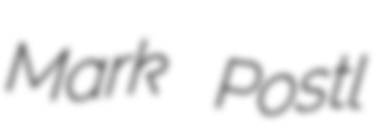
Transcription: Mark Postl